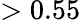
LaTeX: >0.55